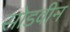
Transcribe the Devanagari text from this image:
सोडवीन